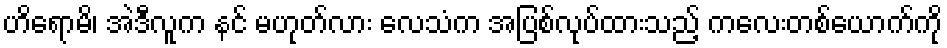
ဟိရောမိ၊ အဲဒီလူက နင် မဟုတ်လား လေသံက အပြစ်လုပ်ထားသည့် ကလေးတစ်ယောက်ကို